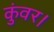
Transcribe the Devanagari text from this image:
कुंवर।